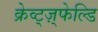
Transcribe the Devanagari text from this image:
क्रेव्ट्ज़्फेल्डि